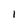
Character: 1